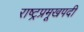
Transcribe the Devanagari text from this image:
राष्ट्रप्रमूखपदी